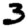
Digit: 3